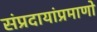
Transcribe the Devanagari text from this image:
संप्रदायांप्रमाणो